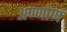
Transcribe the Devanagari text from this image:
अण्णोणं